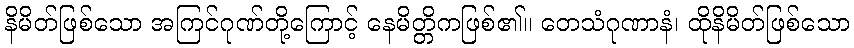
နိမိတ်ဖြစ်သော အကြင်ဂုဏ်တို့ကြောင့် နေမိတ္တိကဖြစ်၏။ တေသံဂုဏာနံ၊ ထိုနိမိတ်ဖြစ်သော